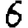
Digit: 6